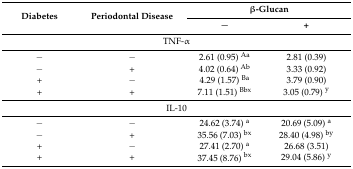
| <ROWSPAN=2> Diabetes | <ROWSPAN=2> Periodontal Disease | <COLSPAN=2> β-Glucan |
 | − | + |
 | --- | --- | --- | --- |
 | <COLSPAN=4> TNF-α |
 | − | − | 2.61 (0.95) Aa | 2.81 (0.39) |
 | − | + | 4.02 (0.64) Ab | 3.33 (0.92) |
 | + | − | 4.29 (1.57) Ba | 3.79 (0.90) |
 | + | + | 7.11 (1.51) Bbx | 3.05 (0.79) y |
 | <COLSPAN=4> IL-10 |
 | − | − | 24.62 (3.74) a | 20.69 (5.09) a |
 | − | + | 35.56 (7.03) bx | 28.40 (4.98) by |
 | + | − | 27.41 (2.70) a | 26.68 (3.51) |
 | + | + | 37.45 (8.76) bx | 29.04 (5.86) y |